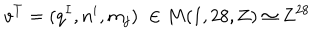
v ^ { T } = ( q ^ { I } , n ^ { i } , m _ { j } ) \; \in M ( 1 , 2 8 , { \bf Z } ) \simeq { \bf Z } ^ { 2 8 }